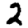
Digit: 2